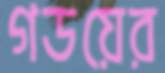
গডয়ের